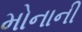
મોનાની